Leaving Certificate Examination (including Day School Certificate (Higher) General paper), 1935
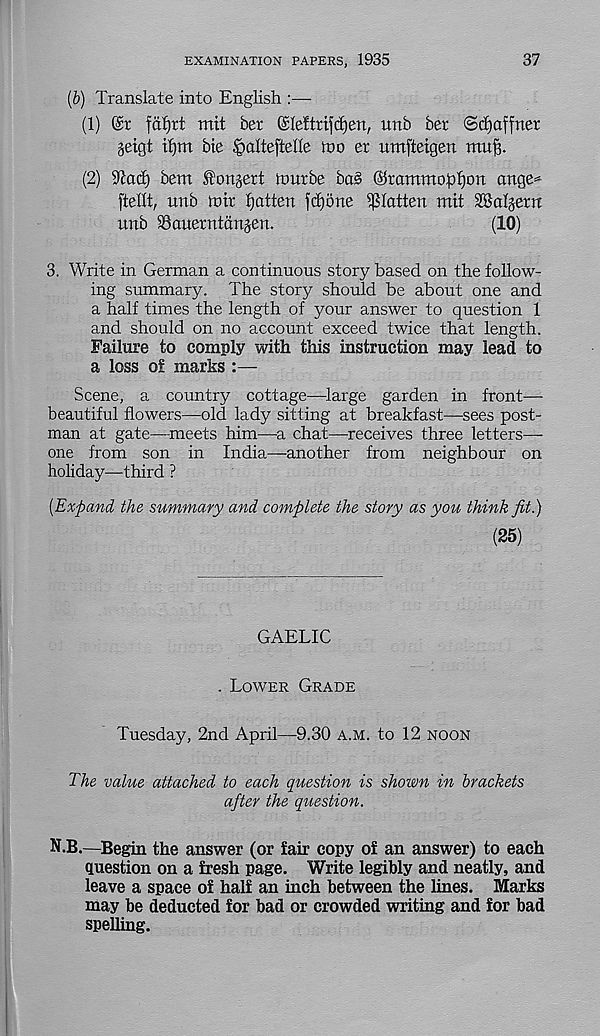
EXAMINATION PAPERS, 1935
37
(b) Translate into English
(1)
faf)tt mit ber ©leftrifdjen, unb ber <S cl) of frier
§eigt tfjm bie ^alteftelle ino er umfteigen mu^.
(2) ^ad) bem fongert tmirbe bo§ (Slrammopljon ange*
ftellt, unb tnir flatten fdjone flatten mit 2So(§ern
nnb SSauerntdnjen.
(10)
3. Write in German a continuous story based on the follow-
ing summary. The story should be about one and
a half times the length of your answer to question 1
and should on no account exceed twice that length.
Failure to comply with this instruction may lead to
a loss o! marks :—
Scene, a country cottage—large garden in front—
beautiful flowers—old lady sitting at breakfast—sees post-
man at gate—meets him—a chat—receives three letters—
one from son in India—another from neighbour on
holiday—third ?
[Expand the summary and complete the story as you think fit.)
(25)
GAELIC
. Lower Grade
Tuesday, 2nd April—9.30 A.M. to 12 noon
The value attached to each question is shown in brackets
after the question.
N.B.—Begin the answer (or fair copy of an answer) to each
question on a fresh page. Write legibly and neatly, and
leave a space of half an inch between the lines. Marks
may be deducted for bad or crowded writing and for bad
spelling.